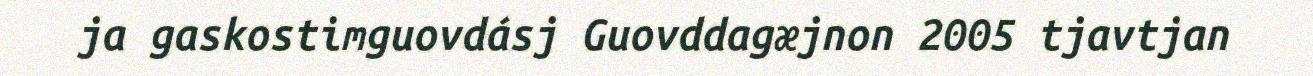
ja gaskostimguovdásj Guovddagæjnon 2005 tjavtjan